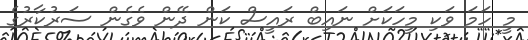
މީ ހަމަ ވަކި މީހަކަށް ނައިބް ރައީސް ކަން ދޭން ވެގެން ސަރުކާރުގެ